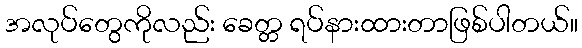
အလုပ်တွေကိုလည်း ခေတ္တ ရပ်နားထားတာဖြစ်ပါတယ်။